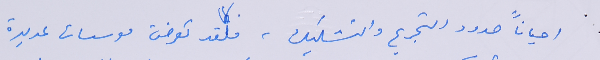
احياناً حدود التجريح والتشكيك، فلقد تعرضت موسسات عديدة